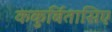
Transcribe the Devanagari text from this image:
ककुर्बितासिए